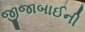
જીજાબાઈની